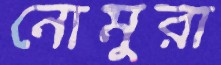
নোমুরা